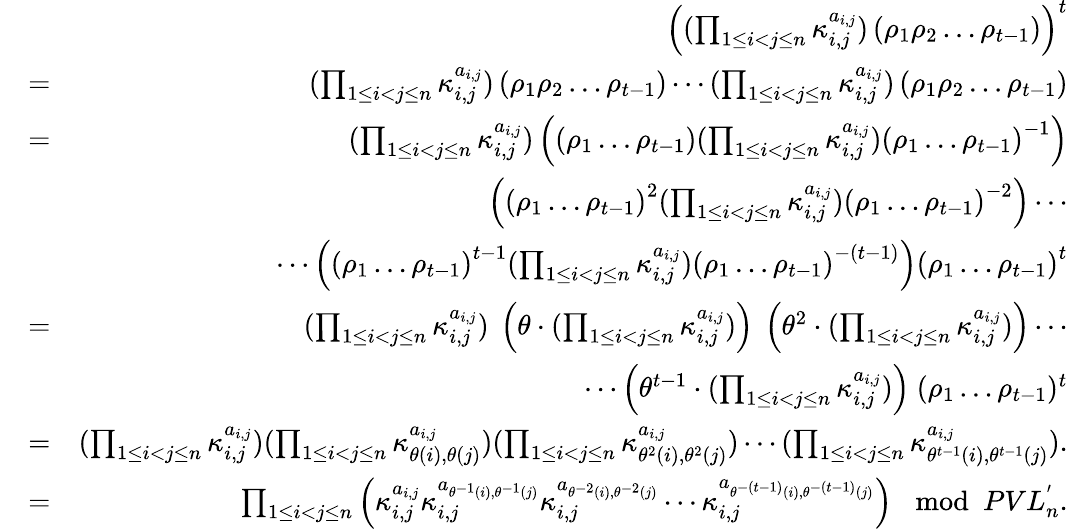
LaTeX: \begin{array}{rlr}&{}&{\left((\prod_{1\leq i<j\leq n}\kappa_{i,j}^{a_{i,j}})\left(\rho_{1}\rho_{2}\ldots\rho_{t-1}\right)\right)^{t}}\\ &{=}&{(\prod_{1\leq i<j\leq n}\kappa_{i,j}^{a_{i,j}})\left(\rho_{1}\rho_{2}\ldots\rho_{t-1}\right)\cdots(\prod_{1\leq i<j\leq n}\kappa_{i,j}^{a_{i,j}})\left(\rho_{1}\rho_{2}\ldots\rho_{t-1}\right)}\\ &{=}&{(\prod_{1\leq i<j\leq n}\kappa_{i,j}^{a_{i,j}})\left(\left(\rho_{1}\ldots\rho_{t-1}\right)(\prod_{1\leq i<j\leq n}\kappa_{i,j}^{a_{i,j}})\left(\rho_{1}\ldots\rho_{t-1}\right)^{-1}\right)}\\ &{}&{\left(\left(\rho_{1}\ldots\rho_{t-1}\right)^{2}(\prod_{1\leq i<j\leq n}\kappa_{i,j}^{a_{i,j}})\left(\rho_{1}\ldots\rho_{t-1}\right)^{-2}\right)\cdots}\\ &{}&{\cdots\left(\left(\rho_{1}\ldots\rho_{t-1}\right)^{t-1}(\prod_{1\leq i<j\leq n}\kappa_{i,j}^{a_{i,j}})\left(\rho_{1}\ldots\rho_{t-1}\right)^{-(t-1)}\right)\left(\rho_{1}\ldots\rho_{t-1}\right)^{t}}\\ &{=}&{(\prod_{1\leq i<j\leq n}\kappa_{i,j}^{a_{i,j}})~\left(\theta\cdot(\prod_{1\leq i<j\leq n}\kappa_{i,j}^{a_{i,j}})\right)~\left(\theta^{2}\cdot(\prod_{1\leq i<j\leq n}\kappa_{i,j}^{a_{i,j}})\right)\cdots}\\ &{}&{\cdots\left(\theta^{t-1}\cdot(\prod_{1\leq i<j\leq n}\kappa_{i,j}^{a_{i,j}})\right)~(\rho_{1}\ldots\rho_{t-1})^{t}}\\ &{=}&{(\prod_{1\leq i<j\leq n}\kappa_{i,j}^{a_{i,j}})(\prod_{1\leq i<j\leq n}\kappa_{\theta(i),\theta(j)}^{a_{i,j}})(\prod_{1\leq i<j\leq n}\kappa_{\theta^{2}(i),\theta^{2}(j)}^{a_{i,j}})\cdots(\prod_{1\leq i<j\leq n}\kappa_{\theta^{t-1}(i),\theta^{t-1}(j)}^{a_{i,j}}).}\\ &{=}&{\prod_{1\leq i<j\leq n}\left(\kappa_{i,j}^{a_{i,j}}\kappa_{i,j}^{a_{\theta^{-1}(i),\theta^{-1}(j)}}\kappa_{i,j}^{a_{\theta^{-2}(i),\theta^{-2}(j)}}\cdots\kappa_{i,j}^{a_{\theta^{-(t-1)}(i),\theta^{-(t-1)}(j)}}\right)\mod PVL_{n}^{'}.}\end{array}